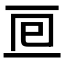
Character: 𠄢